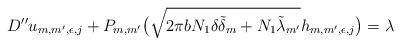
LaTeX: \begin{align*}D''u_{m,m',\epsilon,j}+P_{m,m'}\big(\sqrt{2\pi bN_1\delta\tilde\delta_m+N_1 \tilde{\lambda}_{m'}}h_{m,m',\epsilon,j}\big)=\lambda\end{align*}